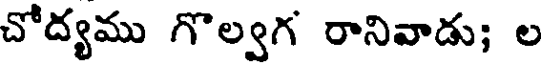
చోద్యము గొల్వగ రానివాడు; ల